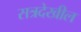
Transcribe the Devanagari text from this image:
सत्रदेखील